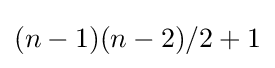
(n-1)(n-2)/2+1